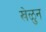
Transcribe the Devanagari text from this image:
खेळुन